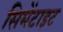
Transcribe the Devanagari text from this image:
सिमेंटाइट